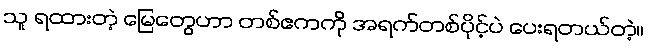
သူ ရထားတဲ့ မြေတွေဟာ တစ်ဧကကို အရက်တစ်ပိုင့်ပဲ ပေးရတယ်တဲ့။